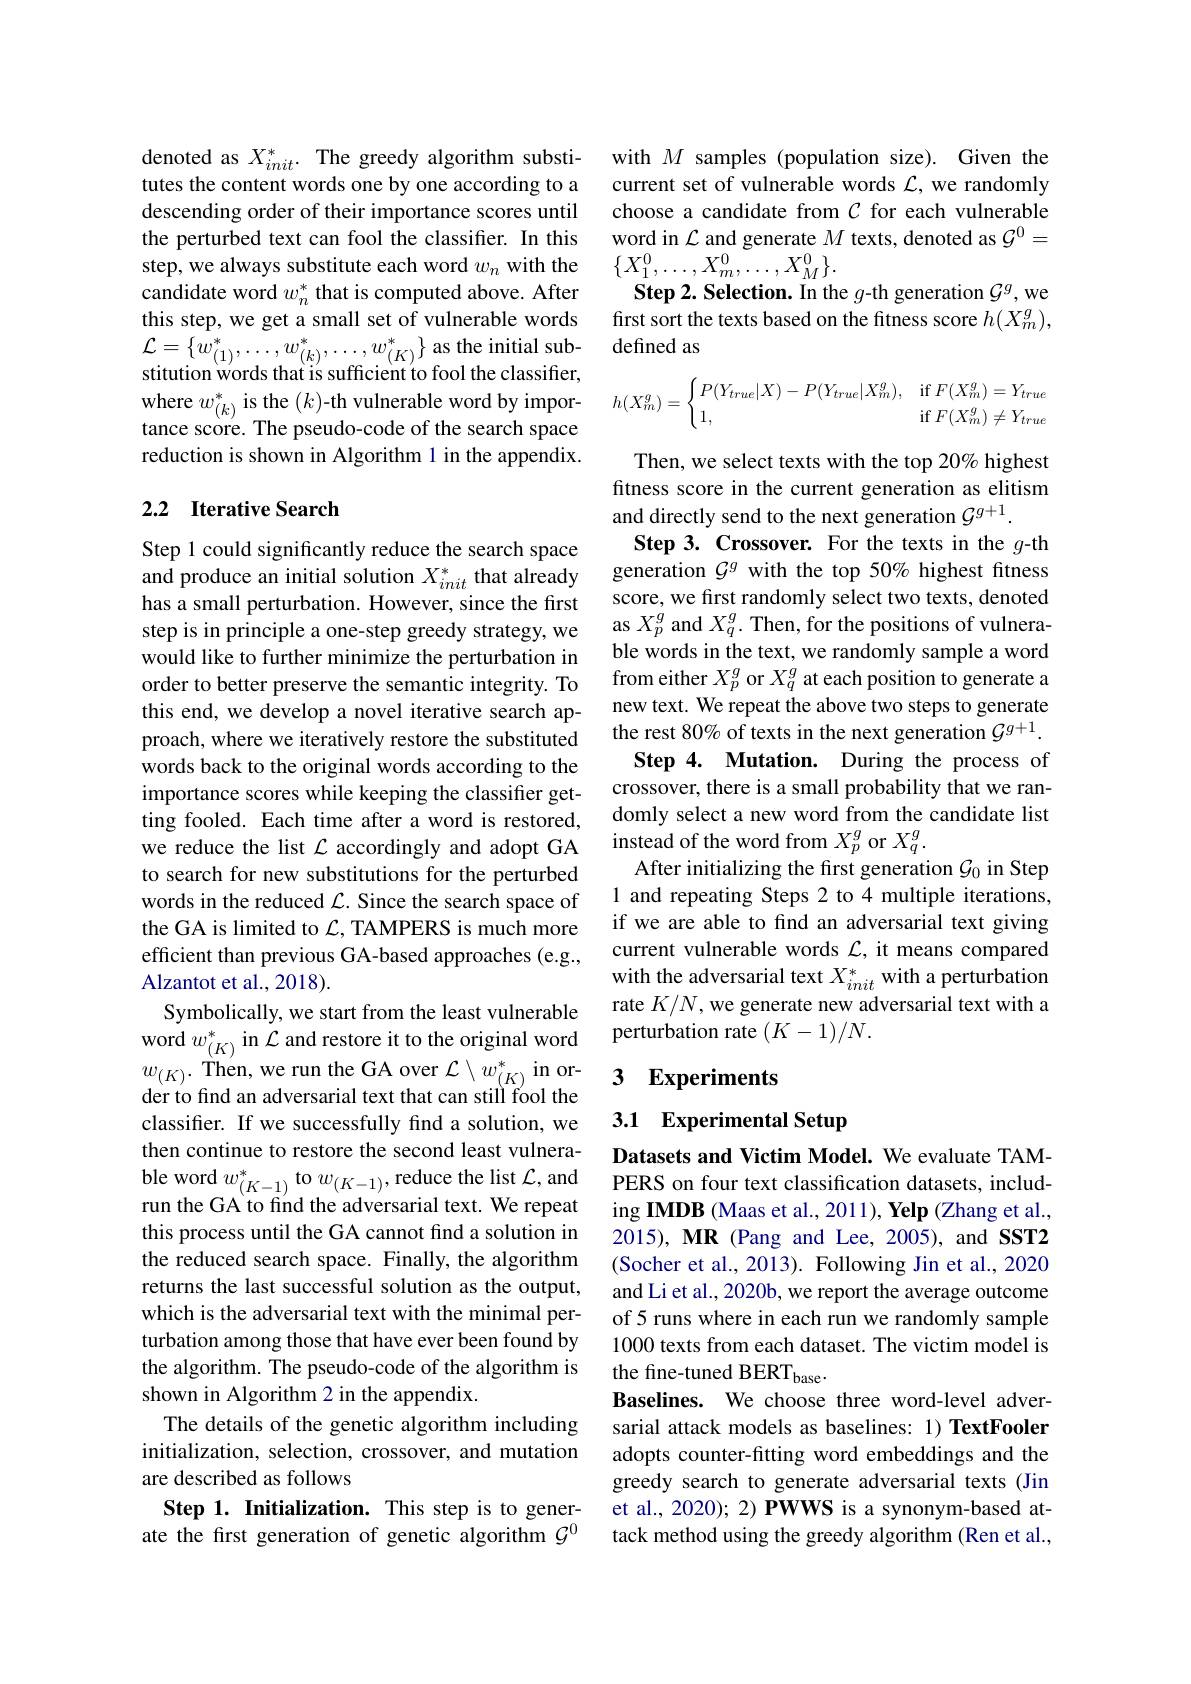
denoted as $X_{init}^*.$ The greedy algorithm substitutes the content words one by one according toa descending order of their importance scores until the perturbed text can fool the classifier. In this step, we always substitute each word $w_n$ with the candidate word $w_n^*$ that is computed above. After this step, we get a small set of vulnerable words $\mathcal{L}=\{\tilde{w}_{(1)}^{*},\ldots,w_{(k)}^{*},\ldots,w_{(K)}^{*}\}$ as the initial substitution words that is sufficient to fool the classifier, where $w_{(k)}^{*}$ is the $(k)$-th vulnerable word by importance score. The pseudo-code of the search space reduction is shown in Algorithm 1 in the appendix.

### 2.2 Iterative Search

Step 1 could significantly reduce the search space and produce an initial solution $X_{init}^*$ that already has a small perturbation. However, since the first step is in principle a one-step greedy strategy, we would like to further minimize the perturbation in order to better preserve the semantic integrity. To this end, we develop a novel iterative search approach, where we iteratively restore the substituted words back to the original words according to the importance scores while keeping the classifier getting fooled. Each time after a word is restored, we reduce the list $\mathcal{L}$ accordingly and adopt GA to search for new substitutions for the perturbed words in the reduced $\mathcal{L}$. Since the search space of the GA is limited to $\mathcal{L}$, TAMPERS is much more efficient than previous GA-based approaches (e.g., Alzantot et al., 2018).
Symbolically, we start from the least vulnerable
$w_{(K)}.$ Then, we run the GA over $\mathcal{L}\setminus w_{(K)}^{*}$ in or- 3 Experiments
classifer. If we successfully find a solution, we then continue to restore the second least vulnerable word $w_{( K- 1) }^*$to $w_{( K- 1) }$,reduce the list $\mathcal{L} $,and PERS on four text classification datasets, includ- run the GA to find the adversarial text. We repeat ing IMDB ( Maas et al. 2011) , Yelp ( Zhang et al.
this process until the GA cannot find a solution in the reduced search space. Finally, the algorithm returns the last successful solution as the output, which is the adversarial text with the minimal perturbation among those that have ever been found by the algorithm. The pseudo-code of the algorithm is shown in Algorithm 2 in the appendix.
The details of the genetic algorithm including initialization, selection, crossover, and mutation are described as follows
Step 1. Initialization. This step is to generate the first generation of genetic algorithm $\mathcal{G}^0$

with $M$ samples (population size). Given the current set of vulnerable words $\mathcal{L}$, we randomly choose a candidate from $C$ for each vulnerable word in $\mathcal{L}$ and generate $M$ texts, denoted as $\mathcal{G}^0=$ $\{X_{1}^{0},\ldots,X_{m}^{0},\ldots,X_{M}^{0}\}.$
Step 2. Selection. In the $g$-th generation $\mathcal{G}^g$,we first sort the texts based on the fitness score $h(X_m^g)$, defined as
$$h(X_m^g)=\begin{cases}P(Y_{true}|X)-P(Y_{true}|X_m^g),&\text{if}F(X_m^g)=Y_{true}\\1,&\text{if}F(X_m^g)\neq Y_{true}\end{cases}$$
Then, we select texts with the top 20% highest fitness score in the current generation as elitism and directly send to the next generation $\mathcal{G}^g+1.$
Step 3. Crossover. For the texts in the $g$-th generation $\mathcal{G}^g$ with the top 50% highest fitness score, we first randomly select two texts, denoted as $X_p^g$ and $X_q^g.$ Then, for the positions of vulnerable words in the text, we randomly sample a word from either $X_p^g$ or $X_q^g$ at each position to generate a new text. We repeat the above two steps to generate the rest 80% of texts in the next generation $\mathcal G^g+1.$
Step 4. Mutation. During the process of crossover, there is a small probability that we randomly select a new word from the candidate list instead of the word from $X_p^g$ or $X_q^g.$
After initializing the first generation $\mathcal{G}_0$ in Step 1 and repeating Steps 2 to 4 multiple iterations if we are able to find an adversarial text giving current vulnerable words $\mathcal{L}$, it means compared with the adversarial text $X_init^*$ with a perturbation rate $K/N$, we generate new adversarial text with a
word $w_{(K)}^{*}$ in $\mathcal{L}$ and restore it to the original word perturbation rate $(K-1)/N.$

3.1 Experimental Setup

Datasets and Victim Model. We evaluate TAMing IMDB (Maas et al., 2011), Yelp (Zhang et al., 2015), MR (Pang and Lee, 2005), and SST2 (Socher et al., 2013). Following Jin et al., 2020 and Li et al., 2020b, we report the average outcome of 5 runs where in each run we randomly sample 1000 texts from each dataset. The victim model is the fine-tuned BERT$_\mathrm{base}.$
Baselines. We choose three word-level adversarial attack models as baselines: 1) TextFooler adopts counter-fitting word embeddings and the greedy search to generate adversarial texts (Jin et al., 2020); 2) PWWS is a synonym-based attack method using the greedy algorithm (Ren et al.,